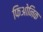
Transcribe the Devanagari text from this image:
फिओनिक